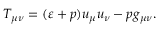
T _ { \mu \nu } = ( \varepsilon + p ) u _ { \mu } u _ { \nu } - p g _ { \mu \nu } .